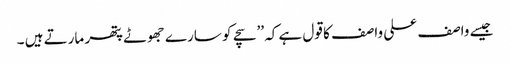
جیسے واصف علی واصف کا قول ہے کہ ’’سچے کو سارے جھوٹے پتھر مارتے ہیں ۔